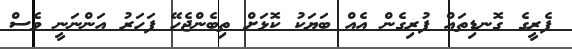
ފެރީގެ ގޮނޑިތައް ފުރިގެން އެއް ބަޔަކު ކޮޅަށް ތިބެންޖެހޭ ފަހަރު އަންނަނީ ވެސް